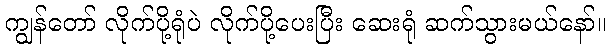
ကျွန်တော် လိုက်ပို့ရုံပဲ လိုက်ပို့ပေးပြီး ဆေးရုံ ဆက်သွားမယ်နော်။